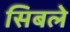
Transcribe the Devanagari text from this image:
सिबले